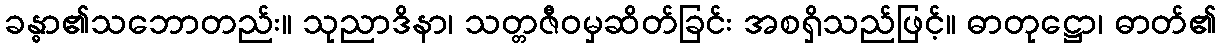
ခန္ဓာ၏သဘောတည်း။ သုညာဒိနာ၊ သတ္တဇီဝမှဆိတ်ခြင်း အစရှိသည်ဖြင့်။ ဓာတုဋ္ဌော၊ ဓာတ်၏